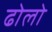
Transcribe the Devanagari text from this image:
ढोलो